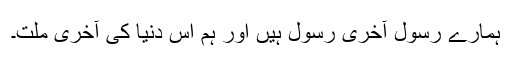
ہمارے رسول آخری رسول ہیں اور ہم اس دنیا کی آخری ملت۔